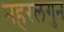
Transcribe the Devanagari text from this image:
नहरलगुन